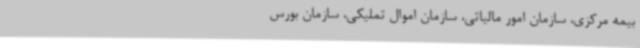
بیمه مرکزی، سازمان امور مالیاتی،‌ سازمان اموال تملیکی،‌ سازمان بورس